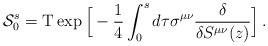
LaTeX: \begin{align*}{\cal S}_0^s = {\rm T} \exp \Big [ -{1\over 4} \int_0^s d \tau \sigma^{\mu \nu} {\delta \over \delta S^{\mu \nu}(z)}\Big ]\, .\end{align*}